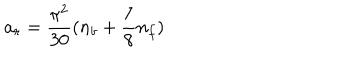
a _ { r } = { \frac { \pi ^ { 2 } } { 3 0 } } ( n _ { b } + { \frac { 7 } { 8 } } n _ { f } )